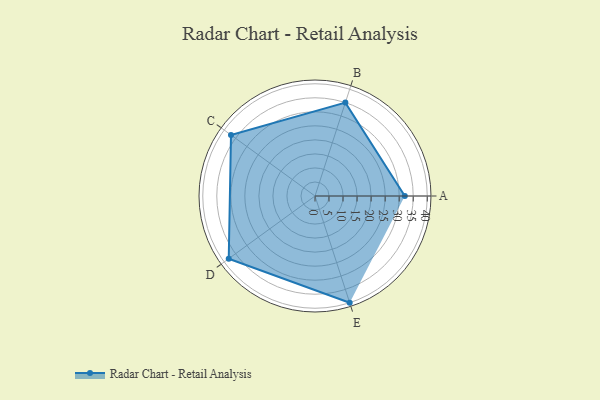
{"axis": {"x": "Skill", "y": "Score"}, "legend": ["Profile"], "data": [{"x": "A", "y": 32.0, "type": "Profile"}, {"x": "B", "y": 35.0, "type": "Profile"}, {"x": "C", "y": 37.0, "type": "Profile"}, {"x": "D", "y": 38.0, "type": "Profile"}, {"x": "E", "y": 40.0, "type": "Profile"}]}